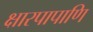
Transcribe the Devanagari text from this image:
क्षारपापाणि